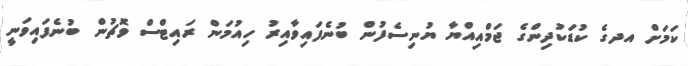
ކަމަށް އދގެ ކުޑަކުދިންގެ ޖަމްއިއްޔާ ޔުނިސެފުން ބުނެފައިވާއިރު ހިއުމަން ރައިޓްސް ވޮޗުން ބުނެފައިވަނީ